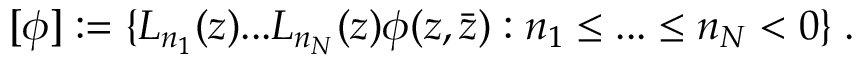
\lbrack \phi ] : = \{ L _ { n _ { 1 } } ( z ) . . . L _ { n _ { N } } ( z ) \phi ( z , \bar { z } ) : n _ { 1 } \leq . . . \leq n _ { N } < 0 \} \; .